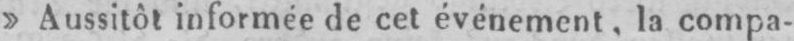
»Aussitôt informée de cet événement, la comp-